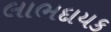
લાભદાયક